Tezpur Lunatic Asylum reports 1895-1904 - 1895-1904
Year: 1895
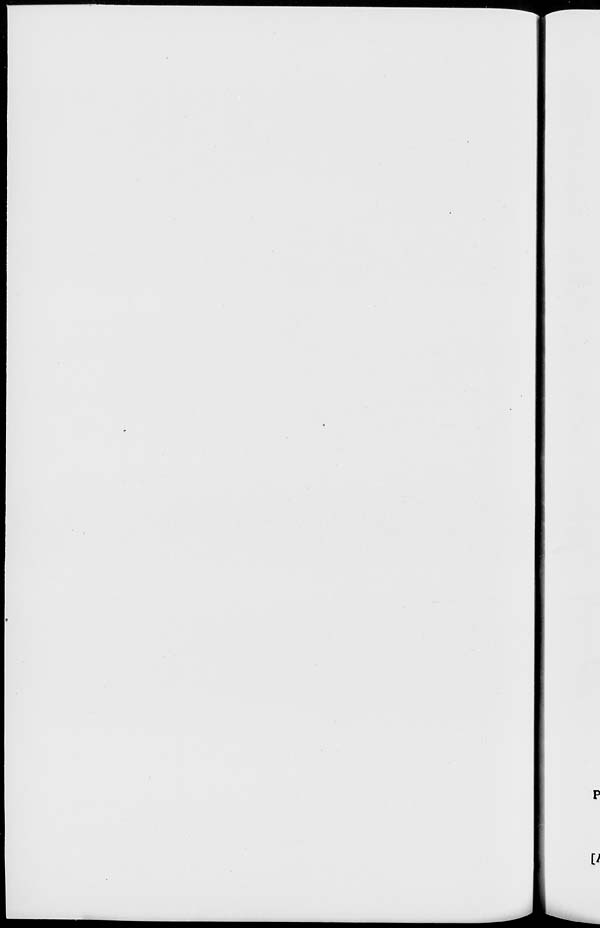
V